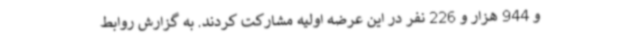
و 944 هزار و 226 نفر در این عرضه اولیه مشارکت کردند. به گزارش روابط